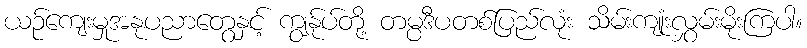
ယဉ်ကျေးမှုအနုပညာတွေနှင့် ကျွန်ုပ်တို့ တမ္ပဒီပတစ်ပြည်လုံး သိမ်းကျုံးလွှမ်းမိုးကြပါ။